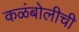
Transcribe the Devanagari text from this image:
कळंबोलीची